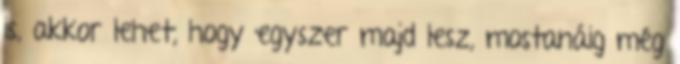
is, akkor lehet, hogy egyszer majd lesz, mostanáig még